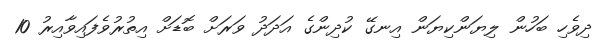
ދިވެހި ބަހުން ލިޔަންކިޔަން އިނގޭ ކުދިންގެ އަދަދު ވަރަށް ބޮޑަށް އިތުރުވެފައިވާއިރު 10